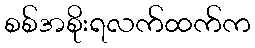
စစ်အစိုးရလက်ထက်က